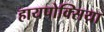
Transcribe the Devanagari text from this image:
हायपोक्सिया